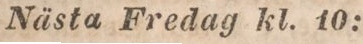
Nästa Fredag kl. 10: